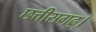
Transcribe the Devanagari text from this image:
छत्तीसगढ़।